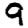
Digit: 9